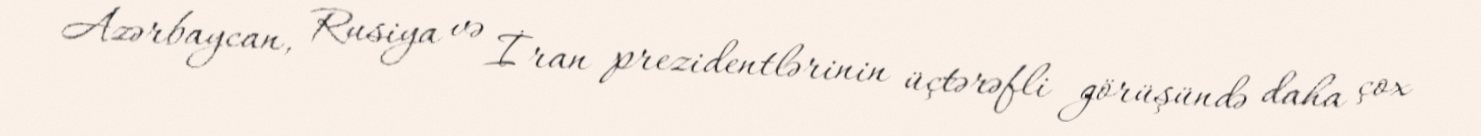
Azərbaycan, Rusiya və İran prezidentlərinin üçtərəfli görüşündə daha çox